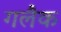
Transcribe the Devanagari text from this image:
गलैक